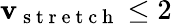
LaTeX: \mathbf{v}_{\mathrm{{~s~t~r~e~t~c~h~}}}\leq2